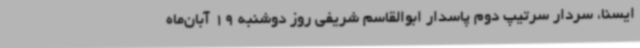
ایسنا، سردار سرتیپ دوم پاسدار ابوالقاسم شریفی روز دوشنبه 19 آبان‌ماه